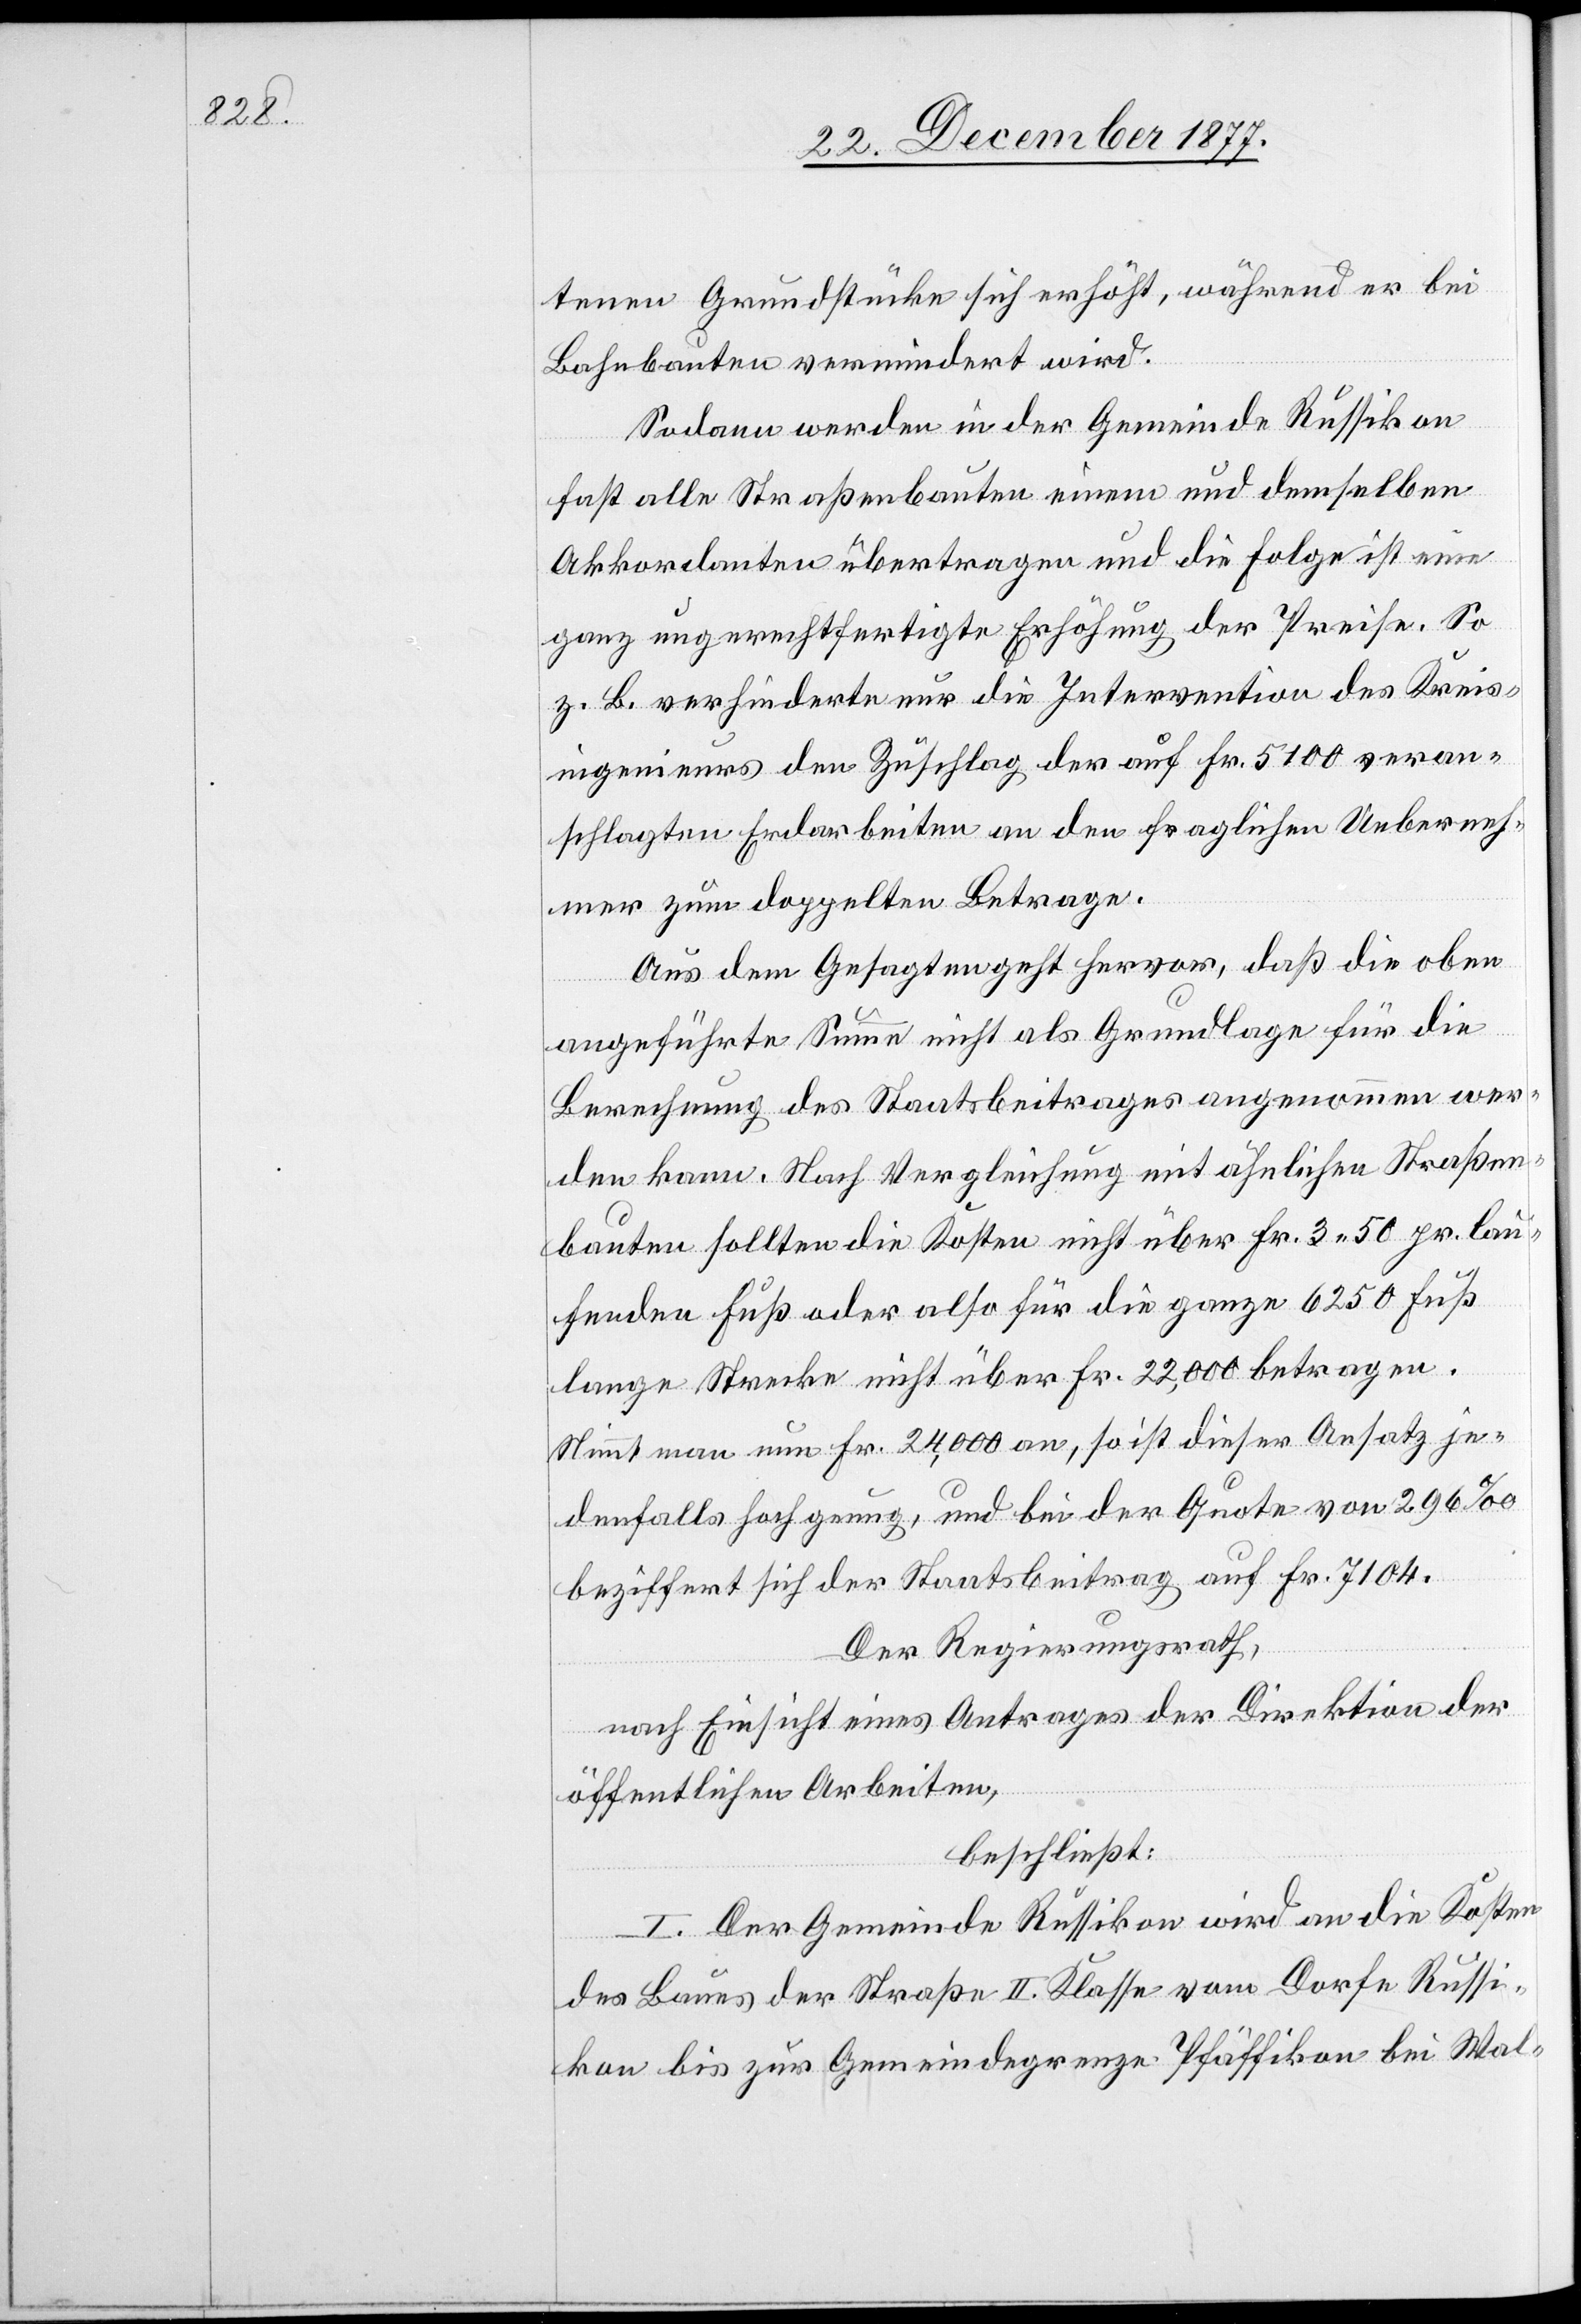
tenen Grundstücke sich erhöht, während er bei
Bahnbauten vermindert wird.
Sodann werden in der Gemeinde Russikon
fast alle Straßenbauten einem und demselben
Akkordanten übertragen und die Folge ist eine
ganz ungerechtfertigte Erhöhung der Preise. So
z. B. verhinderte nur die Intervention des Kreis¬
ingenieurs den Zuschlag der auf Fr. 5100 veran¬
schlagten Erdarbeiten an den fraglichen Ueberneh¬
mer zum doppelten Betrage.
Aus dem Gesagten geht hervor, daß die oben
angeführte Summe nicht als Grundlage für die
Berechnung des Staatsbeitrages angenommen wer¬
den kann. Nach Vergleichung mit ähnlichen Straßen¬
bauten sollten die Kosten nicht über Fr. 3 50 pr. lau¬
fenden Fuß oder also für die ganze 6250 Fuß
lange Strecke nicht über Fr. 22,000 betragen.
Nimmt man nun Fr. 24,000 an, so ist dieser Ansatz je¬
denfalls hoch genug, und bei der Quote von 296‰
beziffert sich der Staatsbeitrag auf Fr. 7104.
Der Regierungsrath,
nach Einsicht eines Antrages der Direktion der
öffentlichen Arbeiten,
beschließt:
I. Der Gemeinde Russikon wird an die Kosten
des Baues der Straße II. Klasse vom Dorfe Russi¬
kon bis zur Gemeindegrenze Pfäffikon bei Wal-